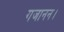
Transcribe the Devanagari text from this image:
गजानन।